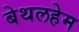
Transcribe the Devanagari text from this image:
बेथलहेम